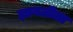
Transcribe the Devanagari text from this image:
ज्ञानलीला